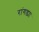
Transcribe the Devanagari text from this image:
रांगड्या